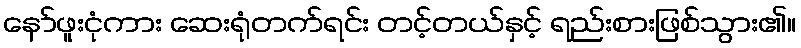
နော်ဖူးငုံကား ဆေးရုံတက်ရင်း တင့်တယ်နှင့် ရည်းစားဖြစ်သွား၏။